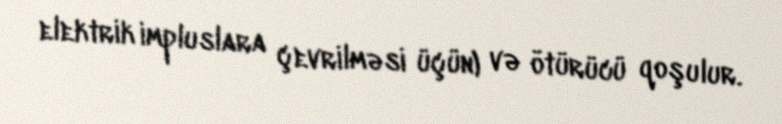
elektrik impluslara çevrilməsi üçün) və ötürücü qoşulur.